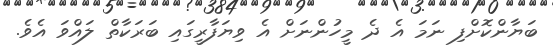
ބަޔާންކޮށްފި ނަމަ އެ ދެ މީހުންނަށް އެ ވިޔަފާރީގައި ބަރަކާތް ލައްވަ އެވެ.